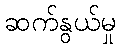
ဆက်နွယ်မှု